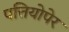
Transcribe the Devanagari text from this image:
पत्तियोपेर